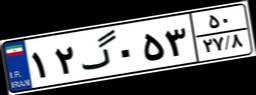
۱۲گ۰۵۳۵۰